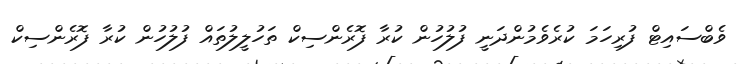
ވެބްސައިޓް ފުރިހަމަ ކުރެވެމުންދަނީ ފުލުހުން ކުރާ ފޮރެންސިކް ތަހުލީލުތައް ފުލުހުން ކުރާ ފޮރެންސިކް